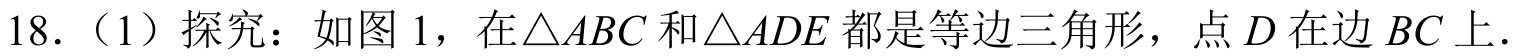
18.（1）探究：如图 1，在\(\triangle ABC\)和\(\triangle ADE\)都是等边三角形，点\(D\)在边\(BC\)上.